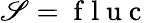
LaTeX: \mathscr{S}=\mathrm{{~f~l~u~c~}}